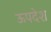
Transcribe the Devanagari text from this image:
ऊपदेश